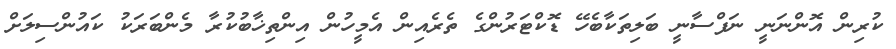
ކުރިން އޮންނަނީ ނަފްސާނީ ބަލިތަކާބެހޭ ޑޮކްޓަރުންގެ ތެރެއިން އެމީހުން އިންތިޚާބުކުރާ މެންބަރަކު ކައުންސިލަށް